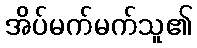
အိပ်မက်မက်သူ၏